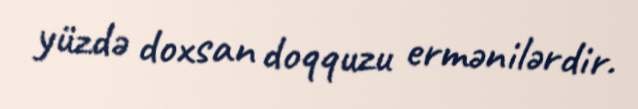
yüzdə doxsan doqquzu ermənilərdir.